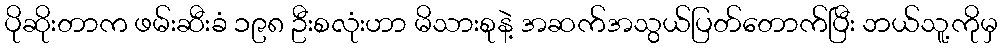
ပိုဆိုးတာက ဖမ်းဆီးခံ ၁၉၈ ဦးစလုံးဟာ မိသားစုနဲ့ အဆက်အသွယ်ပြတ်တောက်ပြီး ဘယ်သူ့ကိုမှ